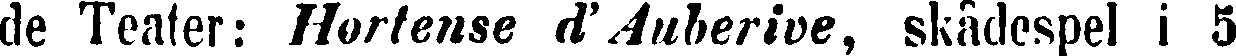
de Teater: Hortense d'Auberive, skådespel i 5